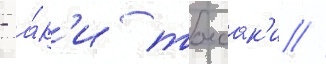
- а́к'и тоесак'и //